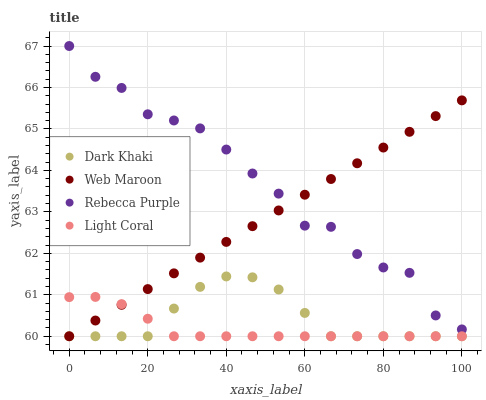
| xaxis_label | Dark Khaki | Web Maroon | Rebecca Purple | Light Coral |
 | --- | --- | --- | --- | --- |
 | 0 | 60 | 60 | 67 | 60.9 |
 | 6.67 | 60 | 60.4 | 66.3 | 60.9 |
 | 13.3 | 60 | 60.8 | 66 | 60.8 |
 | 20 | 60 | 61.1 | 65.4 | 60.4 |
 | 26.7 | 60.7 | 61.5 | 65.2 | 60 |
 | 33.3 | 61.2 | 61.9 | 65 | 60 |
 | 40 | 61.4 | 62.3 | 64.5 | 60 |
 | 46.7 | 61.4 | 62.7 | 63.9 | 60 |
 | 53.3 | 61.1 | 63 | 63.4 | 60 |
 | 60 | 60.6 | 63.4 | 62.7 | 60 |
 | 66.7 | 60 | 63.8 | 62.6 | 60 |
 | 73.3 | 60 | 64.2 | 62 | 60 |
 | 80 | 60 | 64.6 | 61.7 | 60 |
 | 86.7 | 60 | 64.9 | 61.5 | 60 |
 | 93.3 | 60 | 65.3 | 60.5 | 60 |
 | 100 | 60 | 65.7 | 60.2 | 60 |